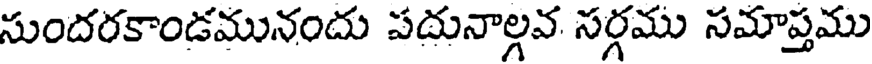
సుందరకాండమునందు పదునాల్గవ సర్గము సమాప్తము